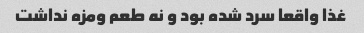
غذا واقعا سرد شده بود و نه طعم ومزه نداشت